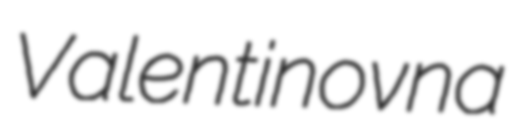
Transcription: Valentinovna